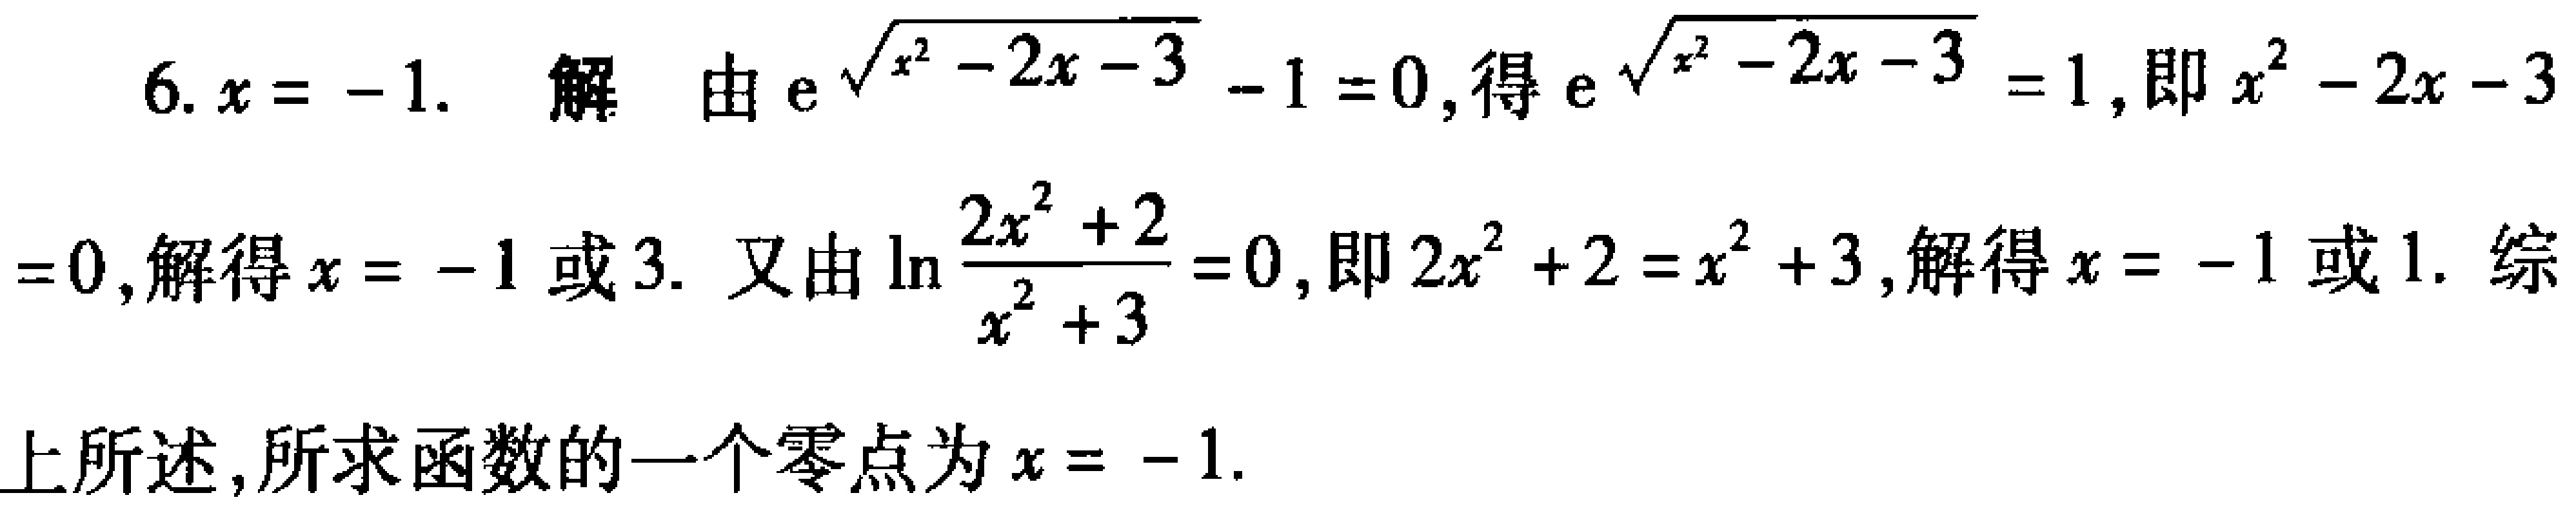
6. \(x = - 1\). 解 由\(e^{\sqrt{x^{2}-2x - 3}}-1 = 0\), 得\(e^{\sqrt{x^{2}-2x - 3}}=1\), 即\(x^{2}-2x - 3 = 0\), 解得\(x = - 1\)或\(3\). 又由\(\ln\frac{2x^{2}+2}{x^{2}+3}=0\), 即\(2x^{2}+2=x^{2}+3\), 解得\(x = - 1\)或\(1\). 综上所述, 所求函数的一个零点为\(x = - 1\).